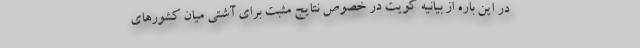
در این باره از بیانیه کویت در خصوص نتایج مثبت برای آشتی میان کشورهای